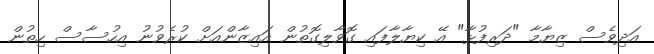
އަދިވެސް ޒިޔާމާ "ދަރިފުޅާ" އޭ ކިޔާލާފައި ގޮވާލިގޮތުން އައިޒާންއަށް ކުރެވުނު އިހުސާސް ހިތުން